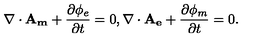
\nabla \cdot \mathbf { A _ { m } } + \frac { \partial \phi _ { e } } { \partial t } = 0 , \nabla \cdot \mathbf { A _ { e } } + \frac { \partial \phi _ { m } } { \partial t } = 0 .